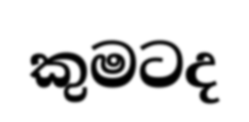
කුමටද